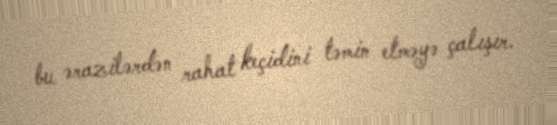
bu ərazilərdən rahat keçidini təmin etməyə çalışır.